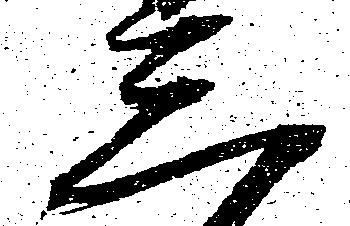
三